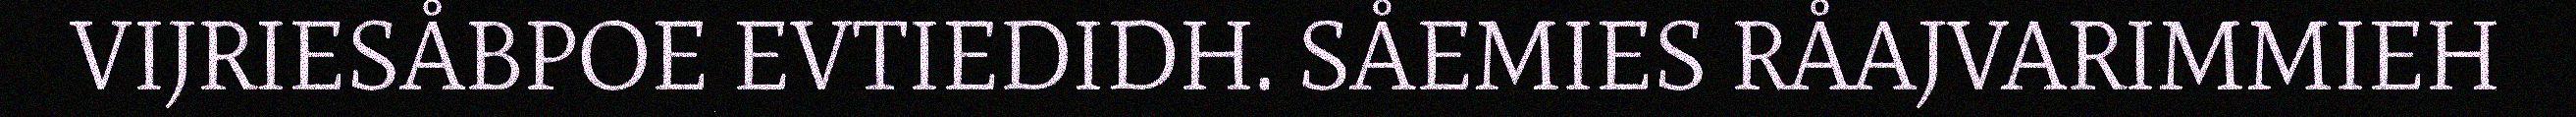
VIJRIESÅBPOE EVTIEDIDH. SÅEMIES RÅAJVARIMMIEH